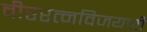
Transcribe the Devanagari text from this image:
वीररत्नविजयजी